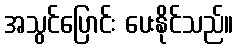
အသွင်ပြောင်း ပေးနိုင်သည်။